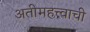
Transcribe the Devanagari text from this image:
अतीमहत्त्वाची